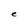
Character: e